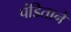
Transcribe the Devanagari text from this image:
पंडितानें